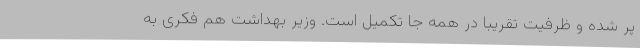
پر شده و ظرفیت تقریبا در همه جا تکمیل است. وزیر بهداشت هم فکری به